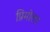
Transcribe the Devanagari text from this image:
प्रिमोलर